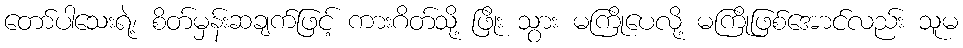
တော်ပါသေးရဲ့၊ စိတ်မှန်းဆချက်ဖြင့် ကားဂိတ်သို့ ဖြိုး သွား မကြိုပေလို့ မကြိုဖြစ်အောင်လည်း သူမ